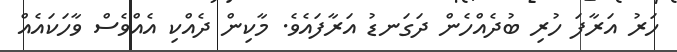
ހަރު އަރާފަ ހުރި ބުދެއްހެން ދަގަނޑު އަރާފައެވެ. މާކިން ދެއްކި އެއްވެސް ވާހަކައެއް